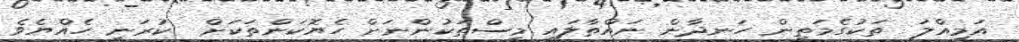
އަމިއްލަ  ތަކުގެމަތިން ހަނދާން ނައްތާލައި މީސްތަކުންނަށް ހެޔޮކަންތަކަށް  ކުރަނީ ހެއްޔެވެ